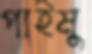
পাইমু